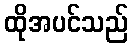
ထိုအပင်သည်